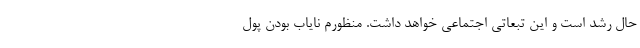
حال رشد است و این تبعاتی اجتماعی خواهد داشت. منظورم نایاب بودن پول